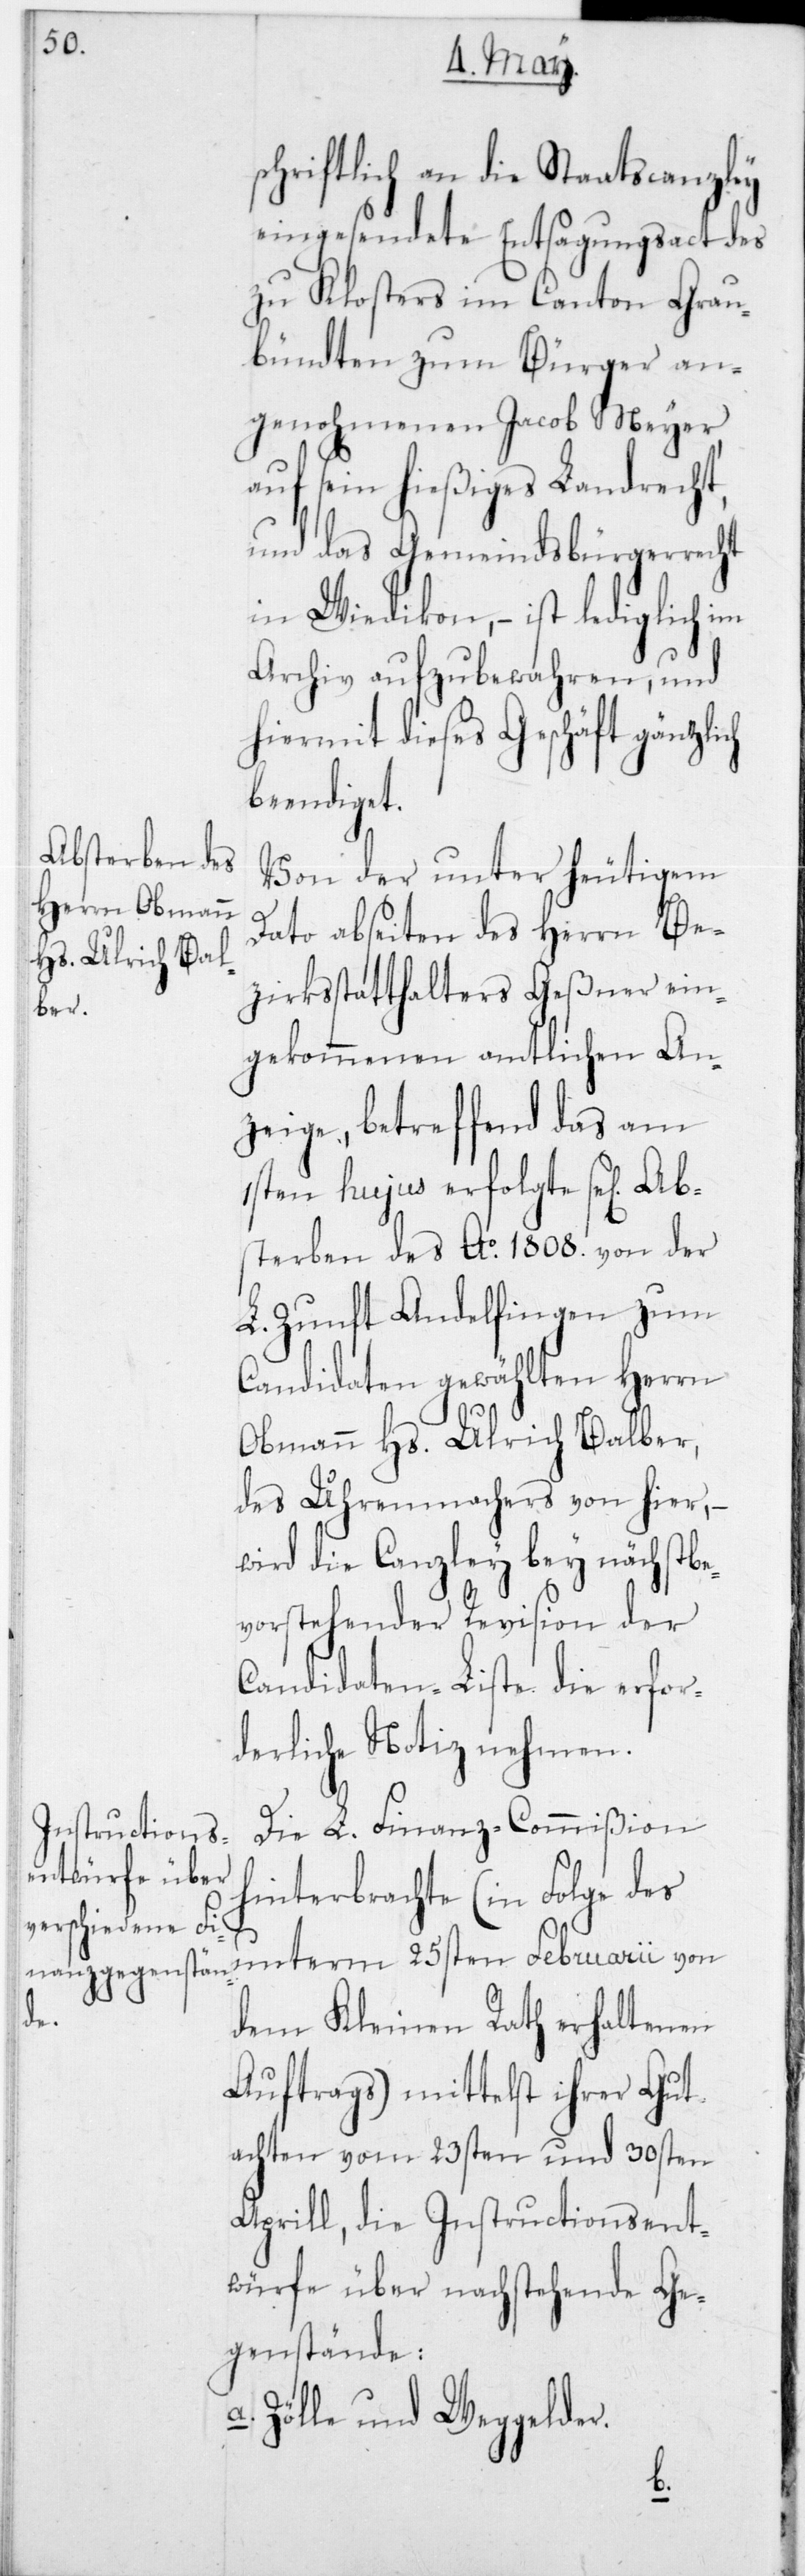
schriftlich an die Staatscanzley
eingesendete Entsagungsact des
zu Klosters im Canton Grau¬
bündten zum Bürger an¬
genohmenen Jacob Meyer
auf sein hießiges Landrecht,
und das Gemeindsbürgerrecht
in Wiedikon, – ist lediglich im
Archiv aufzubewahren, und
hiermit dieses Geschäft gänzlich
beendiget.
Von der unter heutigem
Dato abseiten des Herrn Be¬
zirksstatthalters Geßner ein¬
gekommenen amtlichen An¬
zeige, betreffend das am
1sten hujus erfolgte sel. Ab¬
sterben des Ao 1808 von der
L. Zunft Andelfingen zum
Candidaten gewählten Herrn
Obmannn Hs. Ulrich Balber,
des Uhrenmachers von hier,
wird die Canzley bey nächstbe¬
vorstehender Revision der
Candidaten-Liste die erfor¬
derliche Notiz nehmen.
Die L. Finanz-Commißion
hinterbrachte (in Folge des
unterm 25sten Februarii von
dem Kleinen Rath erhaltenen
Auftrags) mittelst ihrer Gut¬
achten vom 23sten und 30sten
Aprill, die Instructionsent¬
würfe über nachstehende Ge¬
genstände:
a. Zölle und Weggelder.